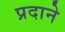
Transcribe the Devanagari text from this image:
प्रदाने